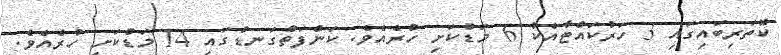
ކޮތަރިބައިގައި 3 ހަރުކައްޓާއެކު 6 މަޑުކަށި ހުރެއެވެ. ކަންފަތްގަނޑުގައި 14 މަޑުކަށި ހުރެއެވެ.